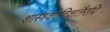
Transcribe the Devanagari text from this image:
शास्त्रकोटिशतैरपि